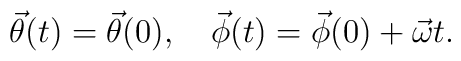
\vec\theta(t)=\vec\theta(0), \quad \vec\phi(t)=\vec\phi(0)+\vec\omega t.